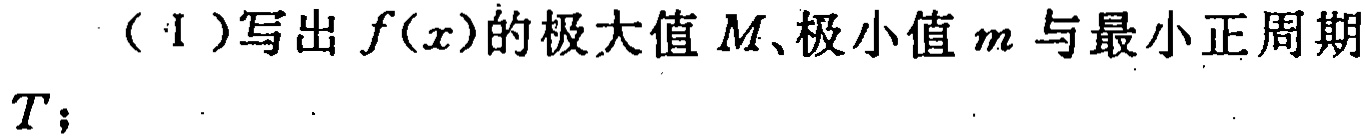
（1）写出\(f(x)\)的极大值\(M\)、极小值\(m\)与最小正周期\(T\)；